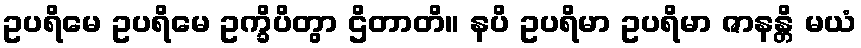
ဥပရိမေ ဥပရိမေ ဥက္ခိပိတွာ ဌိတာတိ။ နပိ ဥပရိမာ ဥပရိမာ ဇာနန္တိ မယံ